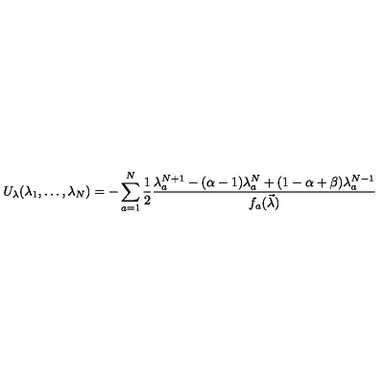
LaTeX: U _ { \lambda } ( \lambda _ { 1 } , \dots , \lambda _ { N } ) = - \sum _ { a = 1 } ^ { N } \frac { 1 } { 2 } \frac { \lambda _ { a } ^ { N + 1 } - ( \alpha - 1 ) \lambda _ { a } ^ { N } + ( 1 - \alpha + \beta ) \lambda _ { a } ^ { N - 1 } } { f _ { a } ( \vec { \lambda } ) }